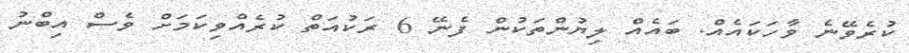
ކުރެވޭނެ ވާހަކައެއް. ބައެއް ލިޔުންތަކުން ފެނޭ 6 ރަކުއަތް ކުރެއްވިކަމަށް ވެސް އިބްނު